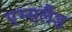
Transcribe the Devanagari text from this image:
एम्सलैंड